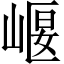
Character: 𡹶